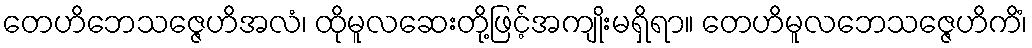
တေဟိဘေသဇ္ဇေဟိအလံ၊ ထိုမူလဆေးတို့ဖြင့်အကျိုးမရှိရာ။ တေဟိမူလဘေသဇ္ဇေဟိကိံ၊